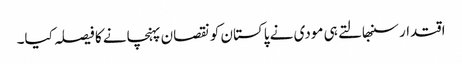
اقتدار سنبھالتے ہی مودی نے پاکستان کو نقصان پہنچانے کا فیصلہ کیا۔